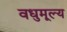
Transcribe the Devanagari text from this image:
वधुमूल्य